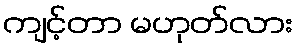
ကျင့်တာ မဟုတ်လား